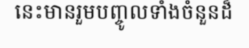
នេះមានរួមបញ្ចូលទាំងចំនួនដ៏